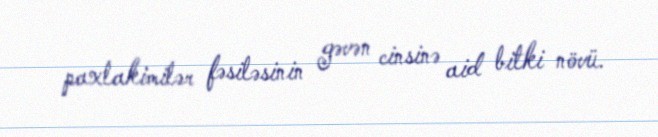
paxlakimilər fəsiləsinin gəvən cinsinə aid bitki növü.